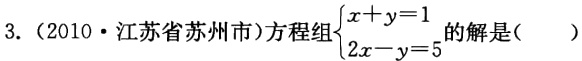
3.（2010·江苏省苏州市）方程组\(\begin{cases}x + y = 1\\2x - y = 5\end{cases}\)的解是(  )